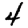
Digit: 4